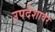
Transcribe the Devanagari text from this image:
उपदेशावर